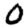
Digit: 0